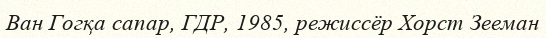
Ван Гогқа сапар, ГДР, 1985, режиссёр Хорст Зееман